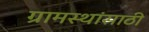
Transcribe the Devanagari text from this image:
ग्रामस्थांसाठी